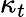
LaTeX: \kappa_{t}